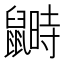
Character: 𪕵